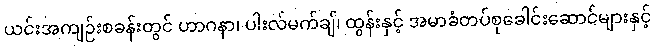
ယင်းအကျဉ်းစခန်းတွင် ဟာဂနာ၊ ပါးလ်မက်ချ်၊ ထွန်းနှင့် အမာခံတပ်စုခေါင်းဆောင်များနှင့်